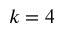
k = 4